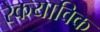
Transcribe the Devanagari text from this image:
रेकयाविक